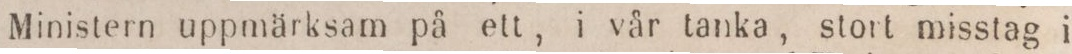
Ministern uppmärksam på ett, i vår tanka, stort misstag i